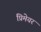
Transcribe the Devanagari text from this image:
प्रिमेयर